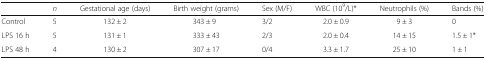
<table><thead><tr><td></td><td><b><i>n</i></b></td><td><b>Gestational age (days)</b></td><td><b>Birth weight (grams)</b></td><td><b>Sex (M/F)</b></td><td><b>WBC (10<sup>9</sup>/L)*</b></td><td><b>Neutrophils (%)</b></td><td><b>Bands (%)</b></td></tr></thead><tbody><tr><td>Control</td><td>5</td><td>132 ± 2</td><td>343 ± 9</td><td>3/2</td><td>2.0 ± 0.9</td><td>9 ± 3</td><td>0</td></tr><tr><td>LPS 16 h</td><td>5</td><td>131 ± 1</td><td>333 ± 43</td><td>2/3</td><td>2.0 ± 0.4</td><td>14 ± 15</td><td>1.5 ± 1*</td></tr><tr><td>LPS 48 h</td><td>4</td><td>130 ± 2</td><td>307 ± 17</td><td>0/4</td><td>3.3 ± 1.7</td><td>25 ± 10</td><td>1 ± 1</td></tr></tbody></table>